Annual report on the working of the lock hospitals in the Central Provinces
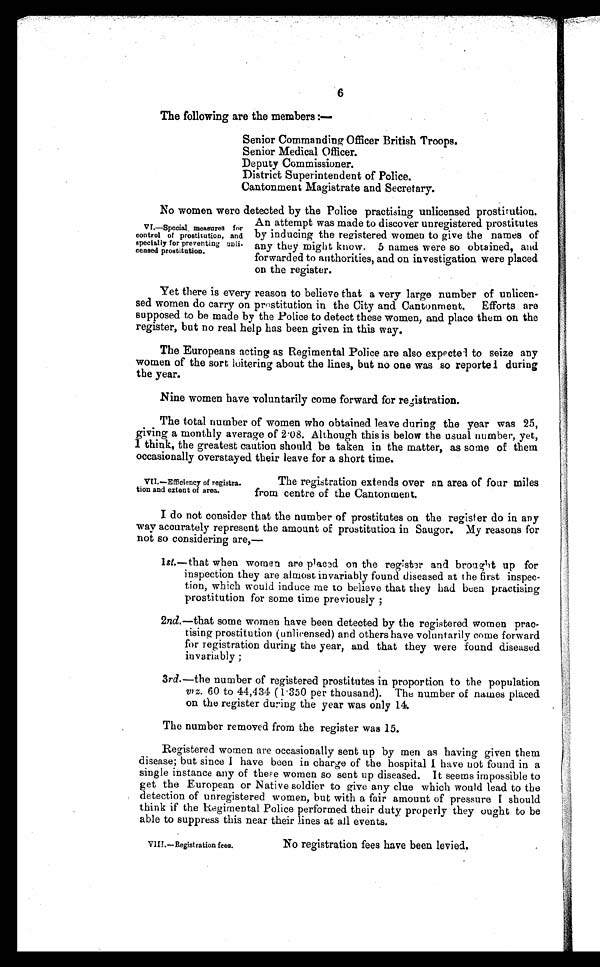
6
The following are the members :—
Senior Commanding Officer British Troops.
Senior Medical Officer.
Deputy Commissioner.
District Superintendent of Police.
Cantonment Magistrate and Secretary.
No women were detected by the Police practising unlicensed prostitution.
An attempt was made to discover unregistered prostitutes
by inducing the registered women to give the names of
any they might know. 5 names were so obtained, and
forwarded to authorities, and on investigation were placed
on the register.
Yet there is every reason to believe that a very large number of unlicen
sed women do carry on prostitution in the City and Cantonment. Efforts are
supposed to be made by the Police to detect these women, and place them on the
register, but no real help has been given in this way.
The Europeans acting as Regimental Police are also expected to seize any
women of the sort loitering about the lines, but no one was so reported during
the year.
Nine women have voluntarily come forward for registration.
The total number of women who obtained leave during the year was 25,
giving a monthly average of 2 .08. Although this is below the usual number, yet,
I think, the greatest caution should be taken in the matter, as some of them
occasionally overstayed their leave for a short time.
VI.—Special measures for
control of prostitution, and
specially for preventing unli
censed prostitution.
VII.—Efficiency of registra
tion and extent of area.
The registration extends over an area of four miles
from centre of the Cantonment.
I do not consider that the number of prostitutes on the register do in any
way accurately represent the amount of prostitution in Saugor. My reasons for
not so considering are,—
1st.—that when women are placed on the register and brought up for
inspection they are almost invariably found diseased at the first inspec
tion, which would induce me to believe that they had been practising
prostitution for some time previously ;
2nd.—that some women have been detected by the registered women prac
tising prostitution (unlicensed) and others have voluntarily come forward
for registration during the year, and that they were found diseased
invariably ;
3rd.—the number of registered prostitutes in proportion to the population
viz. 60 to 44,434 (1·350 per thousand). The number of names placed
on the register during the year was only 14.
The number removed from the register was 15.
Registered women are occasionally sent up by men as having given them
disease; but since I have been in charge of the hospital I have not found in a
single instance any of these women so sent up diseased. It seems impossible to
get the European or Native soldier to give any clue which would lead to the
detection of unregistered women, but with a fair amount of pressure I should
think if the Regimental Police performed their duty properly they ought to be
able to suppress this near their lines at all events.
VIII.—Registration fees.
No registration fees have been levied.